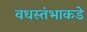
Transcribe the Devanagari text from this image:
वधस्तंभाकडे